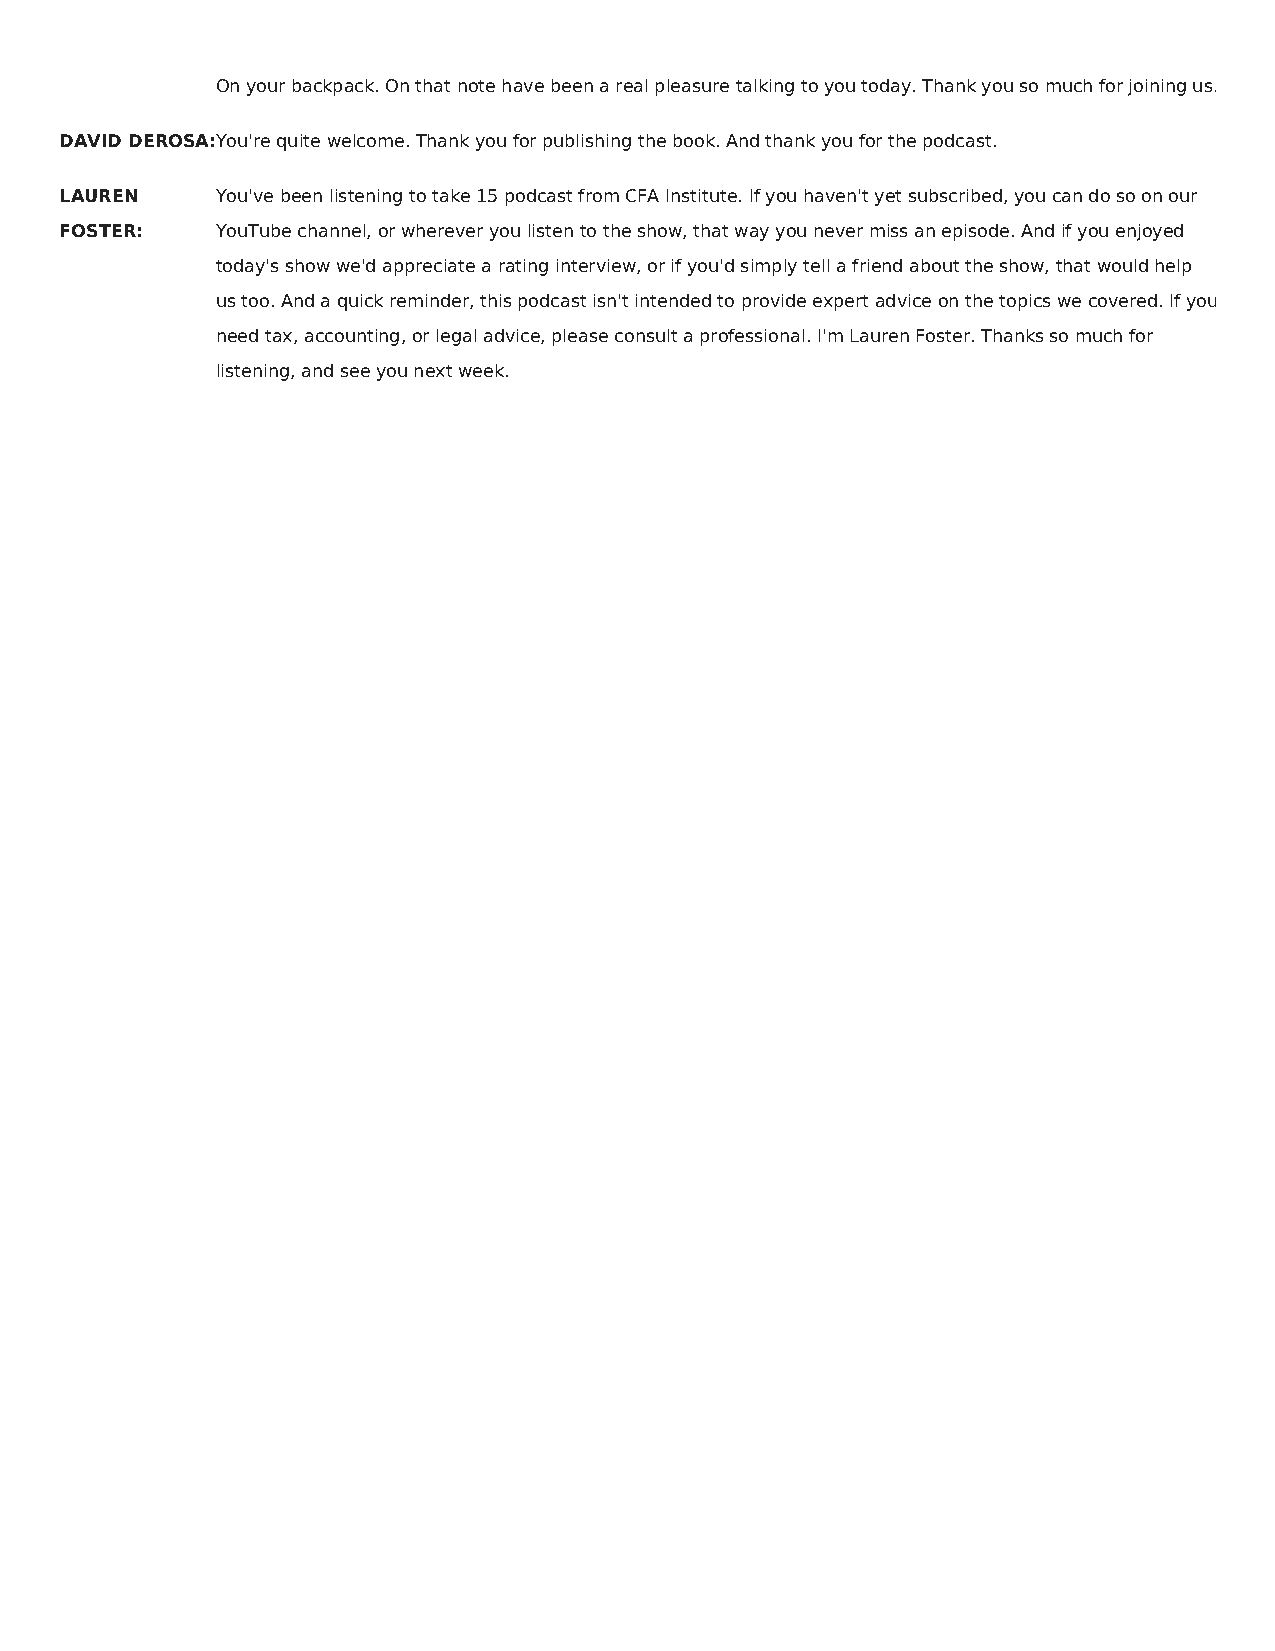
On your backpack. On that note have been a real pleasure talking to you today. Thank you so much for joining us.
 DAVID DEROSA:You're quite welcome. Thank you for publishing the book. And thank you for the podcast.
 LAUREN    You've been listening to take 15 podcast from CFA Institute. If you haven't yet subscribed, you can do so on our
 FOSTER:   YouTube channel, or wherever you listen to the show, that way you never miss an episode. And if you enjoyed
 today's show we'd appreciate a rating interview, or if you'd simply tell a friend about the show, that would help
 us too. And a quick reminder, this podcast isn't intended to provide expert advice on the topics we covered. If you
 need tax, accounting, or legal advice, please consult a professional. I'm Lauren Foster. Thanks so much for
 listening, and see you next week.